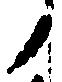
ノ